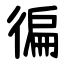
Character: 徧